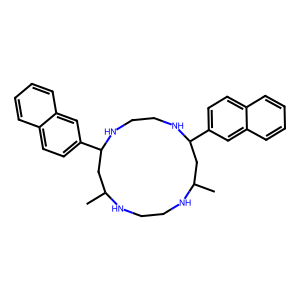
SMILES: CC1CC(c2ccc3ccccc3c2)NCCNC(c2ccc3ccccc3c2)CC(C)NCCN1
Inhibits HIV replication: No